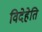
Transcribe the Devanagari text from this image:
विदेहेति